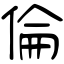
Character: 倫